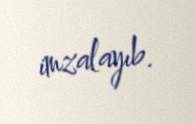
imzalayıb.